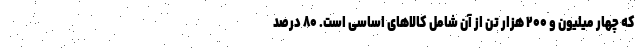
که چهار میلیون و ۲۰۰ هزار تن از آن شامل کالاهای اساسی است. ۸۰ درصد